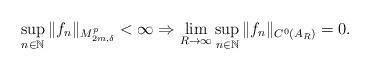
LaTeX: \begin{align*}\sup_{n\in\mathbb{N}} \|f_n\|_{M_{2m,\delta}^p}<\infty\Rightarrow\lim_{R\to\infty} \sup_{n\in \mathbb{N}}\|f_n\|_{C^0(A_R)}= 0.\end{align*}